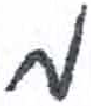
אות: מ